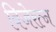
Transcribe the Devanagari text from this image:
विजेरत्न